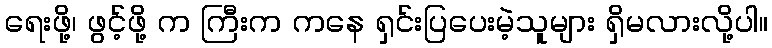
ရေးဖို့၊ ဖွင့်ဖို့ က ကြီးက ကနေ ရှင်းပြပေးမဲ့သူများ ရှိမလားလို့ပါ။